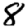
Digit: 8